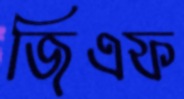
জিএফ